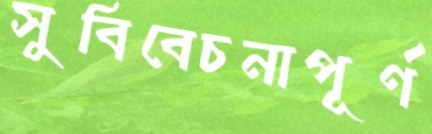
সুবিবেচনাপূর্ণ